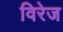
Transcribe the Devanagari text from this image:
विरेज